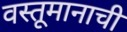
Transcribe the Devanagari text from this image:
वस्तूमानाची